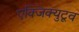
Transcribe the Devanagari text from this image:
एक्जिक्युटूव